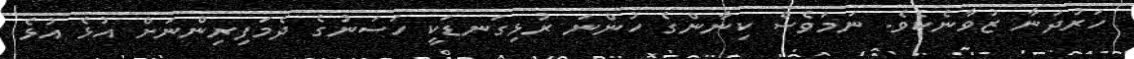
ހަރުދަނާ ޒުވާނެކެވެ. ނަމަވެސް ކިނާންގެ ހުންނަ ރުޅިގަނޑަކީ ހަސަނުގެ ދެމަފިރިންނަށް އުޅެ އުޅެ